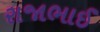
રાજાભાઈ